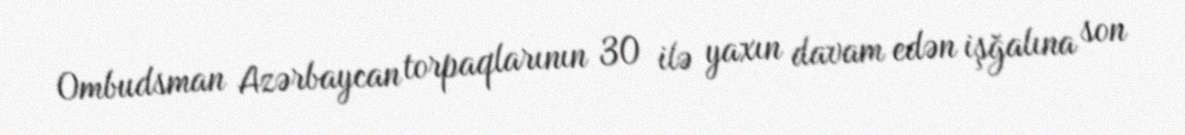
Ombudsman Azərbaycan torpaqlarının 30 ilə yaxın davam edən işğalına son